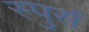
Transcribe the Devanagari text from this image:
स्पुर्स